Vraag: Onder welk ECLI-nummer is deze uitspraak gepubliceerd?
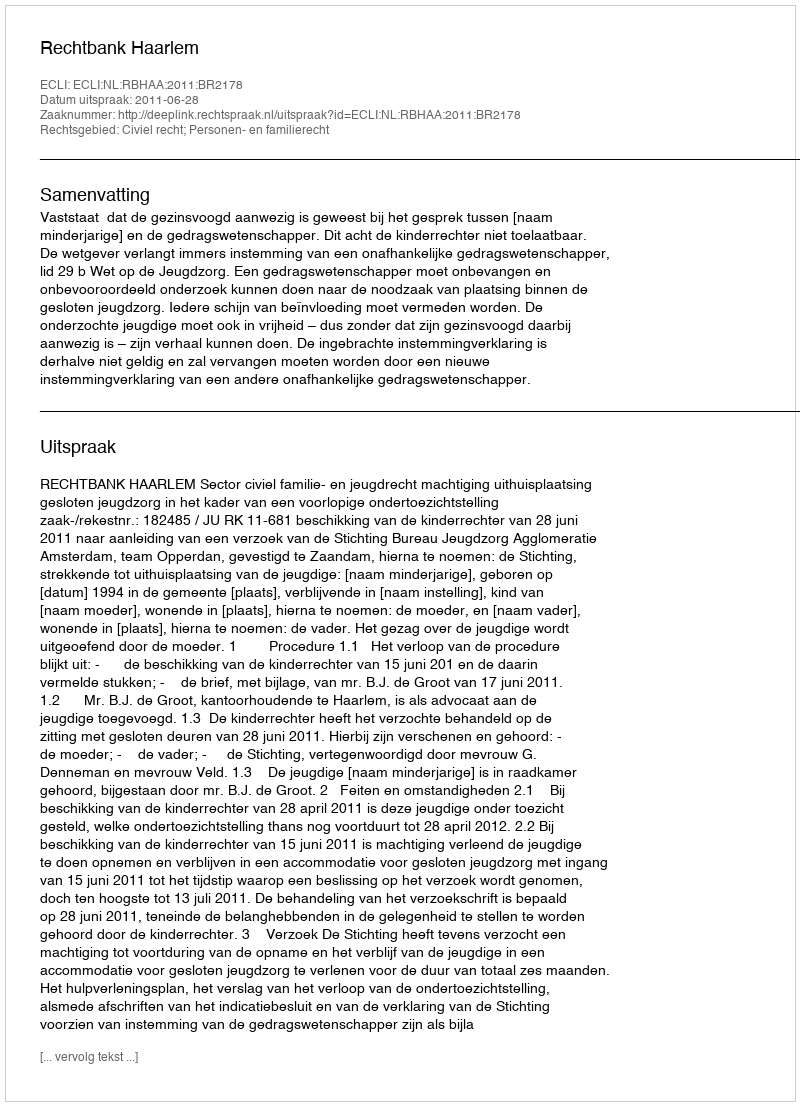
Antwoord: ECLI:NL:RBHAA:2011:BR2178